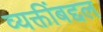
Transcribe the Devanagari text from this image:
व्यक्तींबद्दल